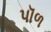
પૉળ